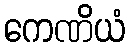
ကေဏိယံ